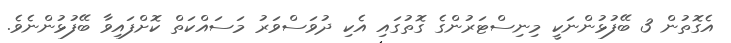
އެގޮތުން 3 ބޭފުޅުންނަކީ މިނިސްޓަރުންގެ ގޮތުގައި އެކި ދުވަސްވަރު މަސައްކަތް ކޮށްފައިވާ ބޭފުޅުންނެވެ.